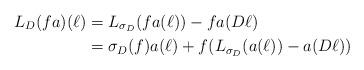
LaTeX: \begin{align*}L_D(fa)(\ell) &= L_{\sigma_D}(fa(\ell)) - fa(D\ell) \\&= \sigma_D(f) a(\ell) + f(L_{\sigma_D}(a(\ell)) - a(D\ell))\end{align*}